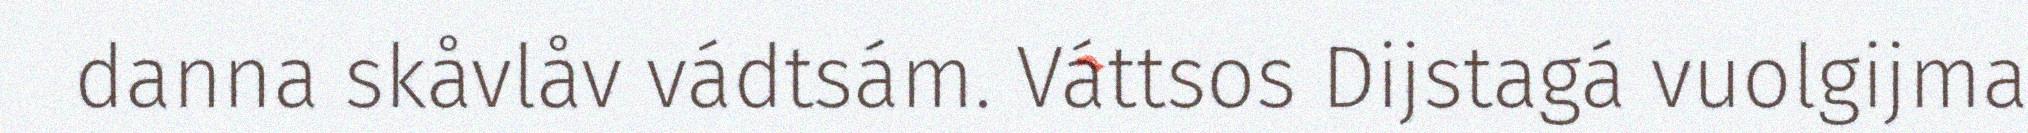
danna skåvlåv vádtsám. Váttsos Dijstagá vuolgijma